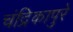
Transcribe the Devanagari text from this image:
चंद्रिकापुरे